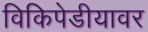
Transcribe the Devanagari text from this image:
विकिपेडीयावर